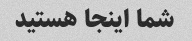
شما اینجا هستید